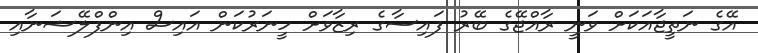
އޭގެ ނަތީޖާއަކަށް ވަނީ ރާއްޖޭގެ ބޭރު ފައިސާގެ ރިޒާވަށް ހީނަރުކަން އައިސް އިންފްލޭޝަނާއި